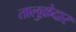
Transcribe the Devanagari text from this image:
तालुक़ेदार